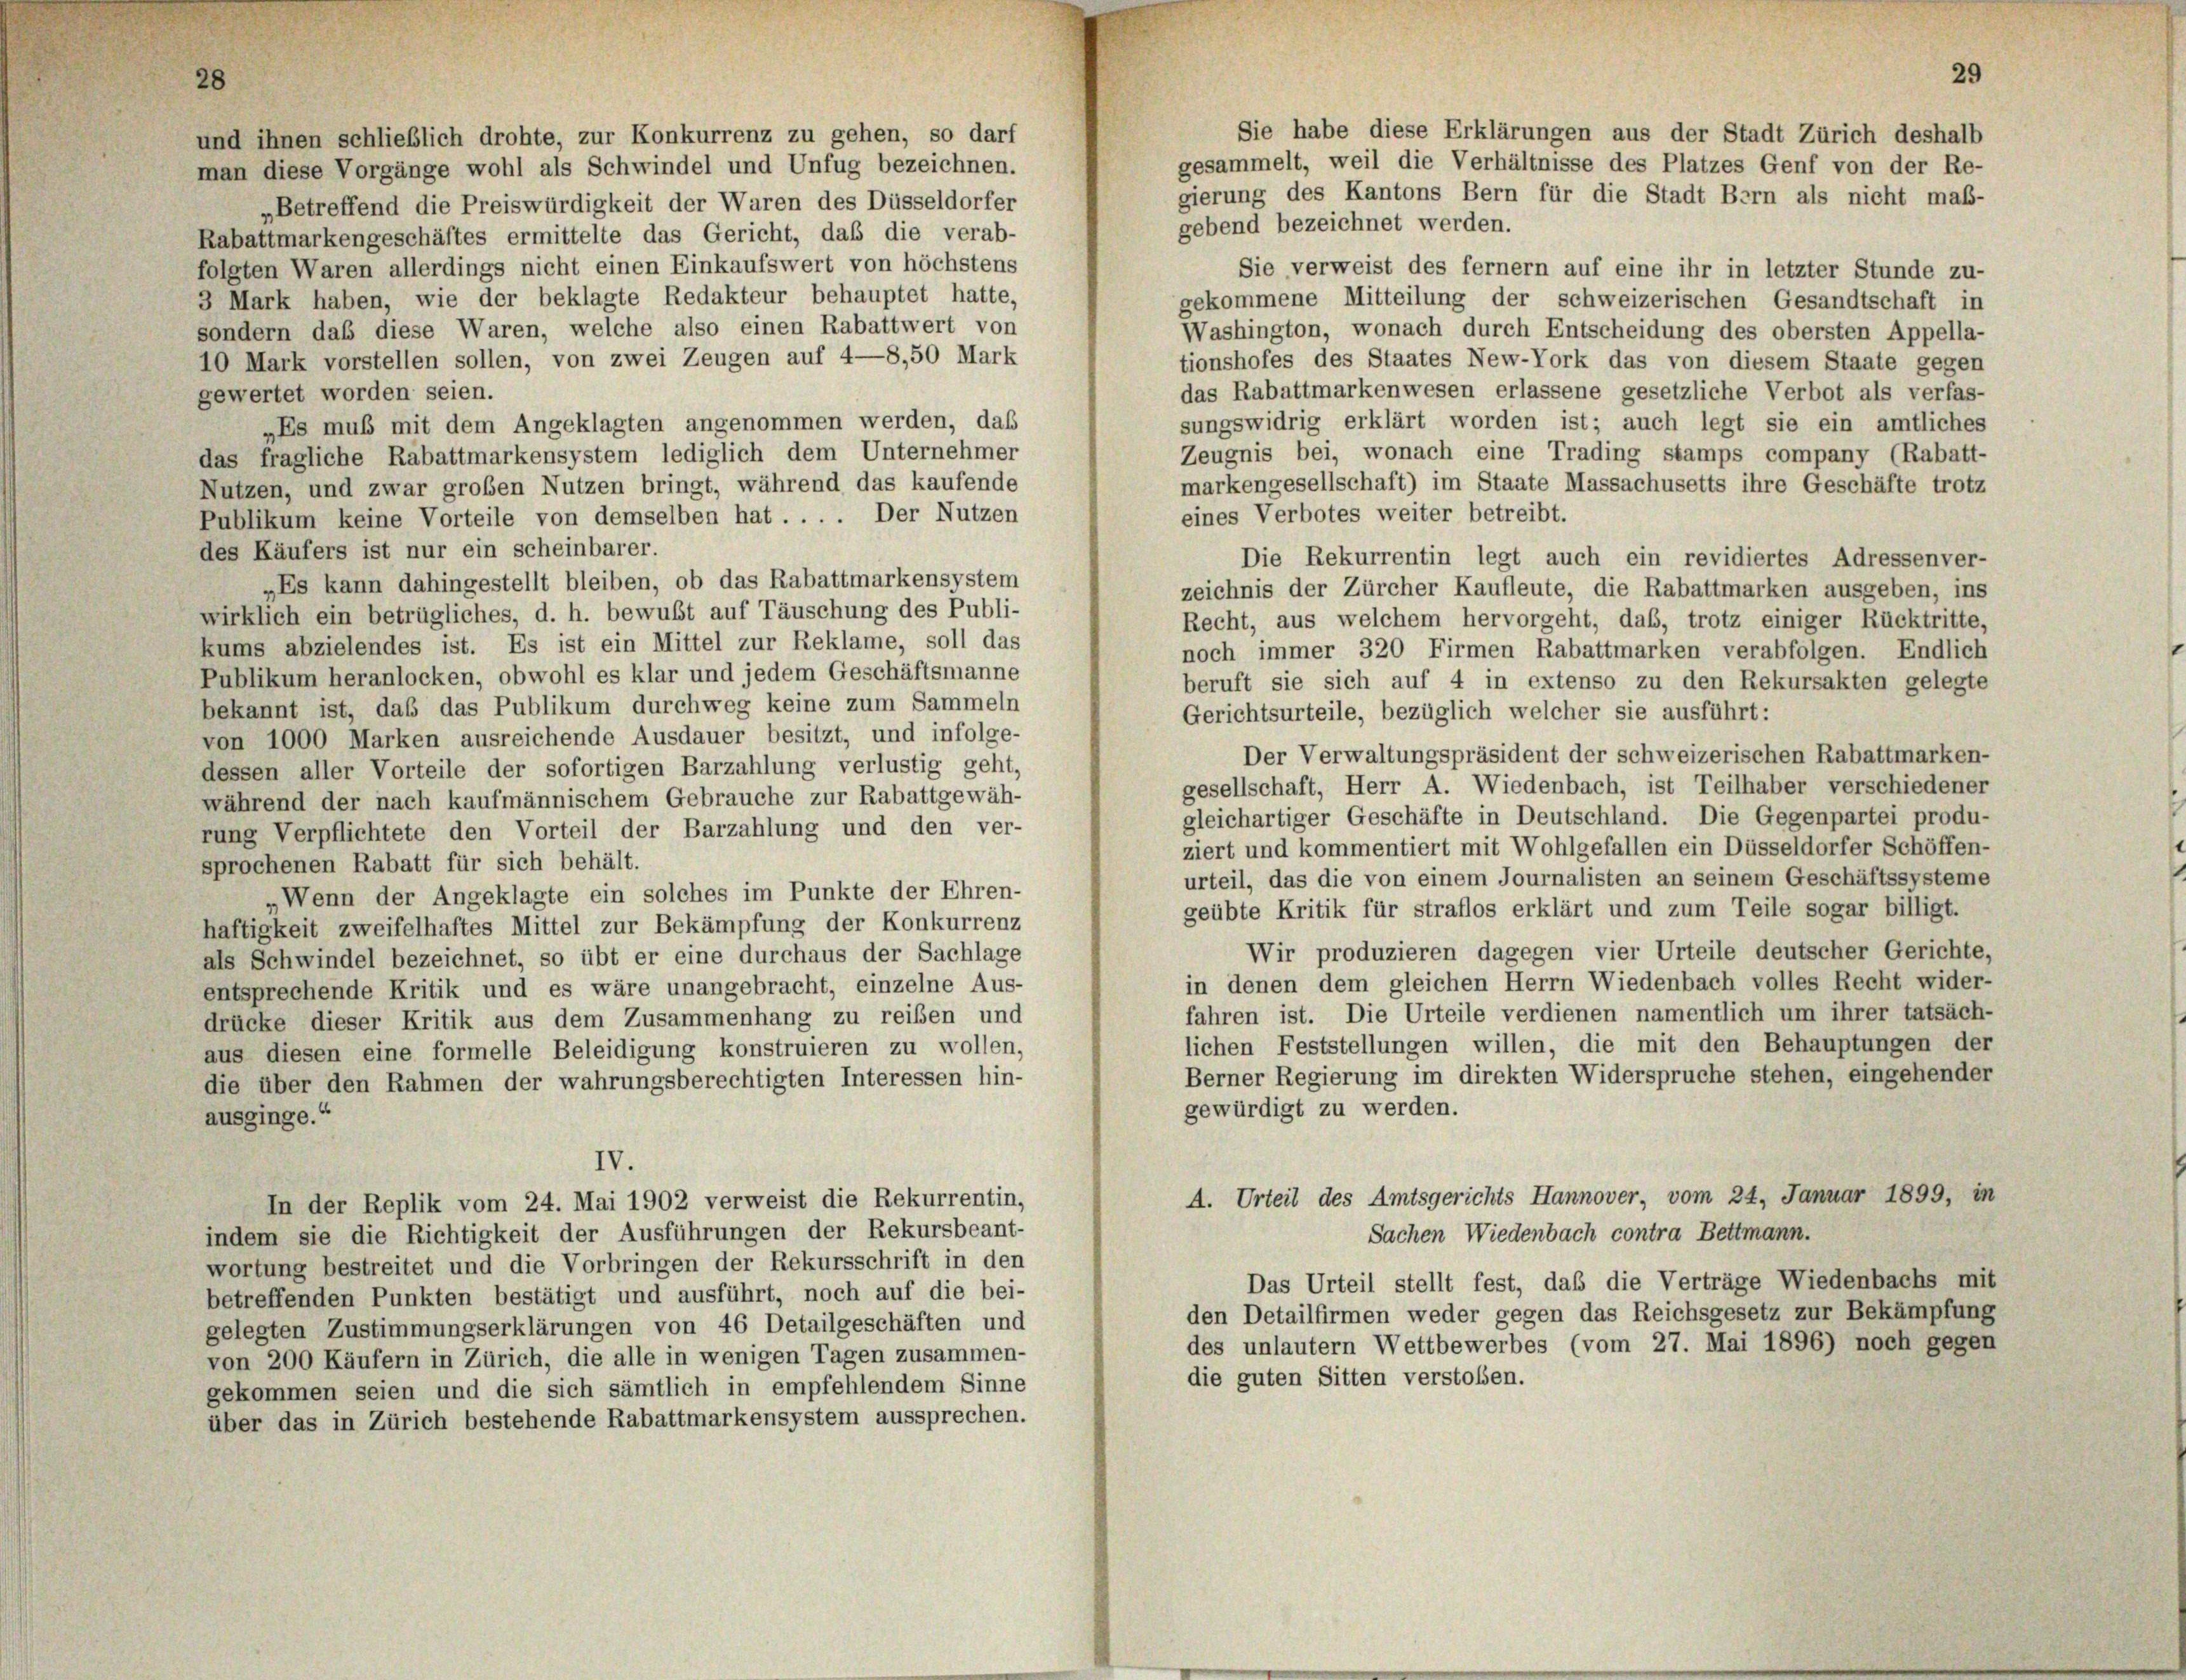
und ihnen schließlich drohte, zur Konkurrenz zu gehen, so darf
gesammelt, weil die Verhältnisse des Platzes Genf von der Re-
man diese Vorgänge wohl als Schwindel und Unfug bezeichnen.
gierung des Kantons Bern für die Stadt Bern als nicht maß-
„Betreffend die Preiswürdigkeit der Waren des Düsseldorfer
gebend bezeichnet werden.
Rabattmarkengeschäftes ermittelte das Gericht, daß die verab-
folgten Waren allerdings nicht einen Einkaufswert von höchstens
Sie verweist des fernem auf eine ihr in letzter Stunde zu-
3 Mark haben, wie der beklagte Redakteur behauptet hatte,
gekommene Mitteilung der schweizerischen Gesandtschaft in
sondern das diese Waren, welche also einen Rabattwert von
Washington, wonach durch Entscheidung des obersten Appella-
10 Mark vorstellen sollen, von zwei Zeugen auf 4—8,50 Mark
tionshofes des Staates New-York das von diesem Staate gegen
das Rabattmarkenwesen erlassene gesetzliche Verbot als verfas-
gewertet worden seien.
sungswidrig erklärt worden ist; auch legt sie ein amtliches
„Es muß mit dem Angeklagten angenommen werden, daß
Zeugnis bei, wonach eine Trading stamps company (Rabatt-
das fragliche Rabattmarkensystem lediglich dem Unternehmer
markengesellschaft) im Staate Massachusetts ihre Geschäfte trotz
Nutzen, und zwar großen Nutzen bringt, während das kaufende
eines Verbotes weiter betreibt.
Publikum keine Vorteile von demselben hat . . . . Der Nutzen
des Käufers ist nur ein scheinbarer.
Die Rekurrentin legt auch ein revidiertes Adressenver-
„Es kann dahingestellt bleiben, ob das Rabattmarkensystem
zeichnis der Zürcher Kaufleute, die Rabattmarken ausgeben, ins
wirklich ein betrügliches, d. h. bewußt auf Täuschung des Publi-
Recht, aus welchem hervorgeht, daß, trotz einiger Rücktritte,
kums abzielendes ist. Es ist ein Mittel zur Reklame, soll das
noch immer 320 Firmen Rabattmarken verabfolgen. Endlich
Publikum heranlocken, obwohl es klar und jedem Geschäftsmanne
beruft sie sich auf 4 in extenso zu den Rekursakten gelegte
bekannt ist, daß das Publikum durchweg keine zum Sammeln
Gerichtsurteile, bezüglich welcher sie ausführt:
von 1000 Marken ausreichende Ausdauer besitzt, und infolge-
Der Verwaltungspräsident der schweizerischen Rabattmarken-
dessen aller Vorteile der sofortigen Barzahlung verlustig geht,
gesellschaft, Herr A. Wiedenbach, ist Teilhaber verschiedener
während der nach kaufmännischem Gebrauche zur Rabattgewäh-
gleichartiger Geschäfte in Deutschland. Die Gegenpartei produ-
rung Verpflichtete den Vorteil der Barzahlung und den ver-
ziert und kommentiert mit Wohlgefallen ein Düsseldorfer Schöffen-
sprochenen Rabatt für sich behält.
urteil, das die von einem Journalisten an seinem Geschäftssysteme
Wenn der Angeklagte ein solches im Punkte der Ehren-
geübte Kritik für straflos erklärt und zum Teile sogar billigt.
haftigkeit zweifelhaftes Mittel zur Bekämpfung der Konkurrenz
Wir produzieren dagegen vier Urteile deutscher Gerichte,
als Schwindel bezeichnet, so übt er eine durchaus der Sachlage
in denen dem gleichen Herrn Wiedenbach volles Recht wider-
entsprechende Kritik und es wäre unangebracht, einzelne Aus-
fahren ist. Die Urteile verdienen namentlich um ihrer tatsäch-
drücke dieser Kritik aus dem Zusammenhang zu reiben und
lichen Feststellungen willen, die mit den Behauptungen der
aus diesen eine formelle Beleidigung konstruieren zu wollen,
Berner Regierung im direkten Widerspruche stehen, eingehender
die über den Rahmen der wahrungsberechtigten Interessen hin-
gewürdigt zu werden.
ausginge.“
IV.
A. Urteil des Amtsgerichts Hannover, vom 24. Januar 1899, in
In der Replik vom 24. Mai 1902 verweist die Rekurrentin,
indem sie die Richtigkeit der Ausführungen der Rekursbeant-
Sachen Wiedenbach contra Bettmann.
wortung bestreitet und die Vorbringen der Rekursschrift in den
Das Urteil stellt fest, das die Verträge Wiedenbachs mit
betreffenden Punkten bestätigt und ausführt, noch auf die bei-
den Detailfirmen weder gegen das Reichsgesetz zur Bekämpfung
gelegten Zustimmungserklärungen von 46 Detailgeschäften und
des unlautern Wettbewerbes (vom 27. Mai 1896) noch gegen
von 200 Käufern in Zürich, die alle in wenigen Tagen zusammen-
die guten Sitten verstolen.
gekommen seien und die sich sämtlich in empfehlendem Sinne
über das in Zürich bestehende Rabattmarkensystem aussprechen.

29
Sie habe diese Erklärungen aus der Stadt Zürich deshalb